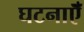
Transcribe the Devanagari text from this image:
घटनाऍँ